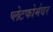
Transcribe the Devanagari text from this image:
प्लेटफोर्मवर